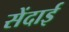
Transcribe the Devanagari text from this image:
सेंदाई